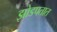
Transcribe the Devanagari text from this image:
झोडपतात